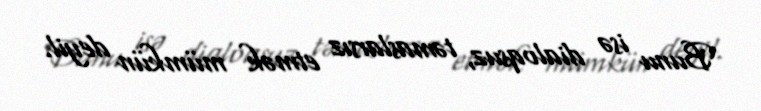
Bunu isə dialoqsuz, təmaslarsız etmək mümkün deyil.